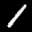
Label: 1